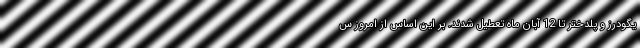
یگودرز و پلدختر تا 12 آبان ماه تعطیل شدند. بر این اساس از امروز س